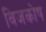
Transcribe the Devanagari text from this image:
विजकोष